Report on vaccination in the Province of Bengal - 1874-1889
Year: 1874
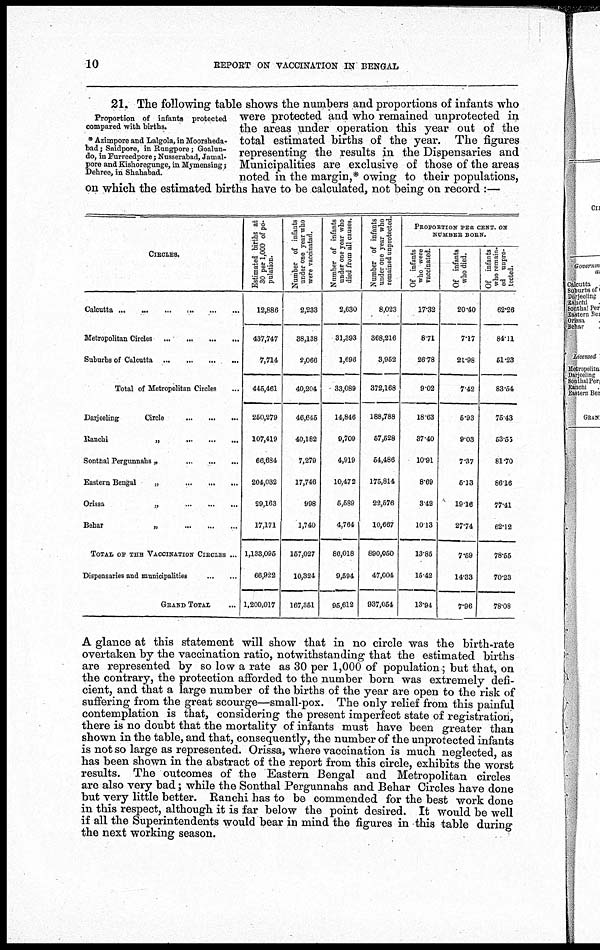
10
REPORT ON VACCINATION IN BENGAL
Proportion of infants protected
compared with births.
* Azimpore and Lalgola,in Moorsheda-
bad; Saidpore, in Rungpore; Goalun-
do, in Furreedpore ; Nusserabad, Jamal-
pore and Kishoregunge, in Mymensing;
Dehree, in Shahabad.
21. The following table shows the numbers and proportions of infants who
were protected and who remained unprotected in
the areas under operation this year out of the
total estimated births of the year. The figures
representing the results in the Dispensaries and
Municipalities are exclusive of those of the areas
noted in the margin,* owing to their populations,
on which the estimated births have to be calculated, not being on record :—
CIRCLES.
Calcutta
...
...
...
...
...
...
Metropolitan Circles
...
...
...
...
Suburbs of Calcutta ... ... ... ...
Total of Metropolitan Circles ...
Darjeeling
Circle
...
...
...
Ranchi
„
...
...
...
Sontnal Pergunnahs „
...
...
...
Eastern Bengal
„
...
...
...
Orissa
„
...
...
...
Behar
„
...
...
...
TOTAL OF THE VACCINATION CIRCLES ...
Dispensaries and municipalities
...
...
GRAND TOTAL ...
Estimated births at
30 per 1,000 of po-
pulation.
12,886
437,747
7,714
446,461
260,279
107,419
66,684
204,032
29,163
17,171
1,133,095
66,922
1,200,017
Number of infants
under one year who
were vaccinatad.
2,233
38,138
2,066
40,204
46,645
40,182
7,279
17,746
998
1,740
157,027
10,324
167,351
Number of infants
under one year who
died from all causes.
2,630
31,393
1,698
33,089
14,846
9,709
4,919
10,472
5,589
4,764
86,018
9,594
95,612
Number of infants
under one year who
remained unprotected.
8,023
368,216
3,962
372,168
188,788
57,628
64,486
176,814
22,576
10,667
890,060
47,004
937,054
PROPORTION PER CENT. ON
NUMBER BORN.
Of infants
who were
vaccinated.
17.32
8.71
26.78
9.02
18.63
37.40
10.91
8.69
3.42
10.13
13.86
15.42
13.94
Of infants
who died.
20.40
7.17
21.98
7.42
5.93
9.03
7.37
5.13
19.16
27.74
7.59
14.33
7.96
Of infants
who remain¬
ed unpro-
tected.
62.26
84.11
51.23
83.54
76.43
53.55
81.70
86.16
77.41
62.12
78.55
70.23
78.08
A glance at this statement will show that in no circle was the birth-rate
overtaken by the vaccination ratio, notwithstanding that the estimated births
are represented by so low a rate as 30 per 1,000 of population; but that, on
the contrary, the protection afforded to the number born was extremely defi-
cient, and that a large number of the births of the year are open to the risk of
suffering from the great scourge—small-pox. The only relief from this painful
contemplation is that, considering the present imperfect state of registration,
there is no doubt that the mortality of infants must have been greater than
shown in the table, and that, consequently, the number of the unprotected infants
is not so large as represented. Orissa, where vaccination is much neglected, as
has been shown in the abstract of the report from this circle, exhibits the worst
results. The outcomes of the Eastern Bengal and Metropolitan circles
are also very bad; while the Sonthal Pergunnahs and Behar Circles have done
but very little better. Ranchi has to be commended for the best work done
in this respect, although it is far below the point desired. It would be well
if all the Superintendents would bear in mind the figures in this table during
the next working season.